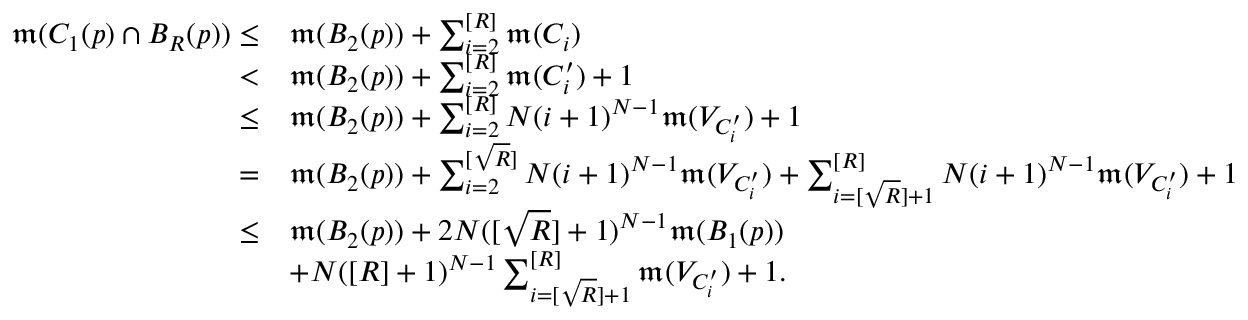
\begin{array} { r l } { \mathfrak { m } ( C _ { 1 } ( p ) \cap B _ { R } ( p ) ) \leq } & { \mathfrak { m } ( B _ { 2 } ( p ) ) + \sum _ { i = 2 } ^ { [ R ] } \mathfrak { m } ( C _ { i } ) } \\ { < } & { \mathfrak { m } ( B _ { 2 } ( p ) ) + \sum _ { i = 2 } ^ { [ R ] } \mathfrak { m } ( C _ { i } ^ { \prime } ) + 1 } \\ { \leq } & { \mathfrak { m } ( B _ { 2 } ( p ) ) + \sum _ { i = 2 } ^ { [ R ] } N ( i + 1 ) ^ { N - 1 } \mathfrak { m } ( V _ { C _ { i } ^ { \prime } } ) + 1 } \\ { = } & { \mathfrak { m } ( B _ { 2 } ( p ) ) + \sum _ { i = 2 } ^ { [ \sqrt { R } ] } N ( i + 1 ) ^ { N - 1 } \mathfrak { m } ( V _ { C _ { i } ^ { \prime } } ) + \sum _ { i = [ \sqrt { R } ] + 1 } ^ { [ R ] } N ( i + 1 ) ^ { N - 1 } \mathfrak { m } ( V _ { C _ { i } ^ { \prime } } ) + 1 } \\ { \leq } & { \mathfrak { m } ( B _ { 2 } ( p ) ) + 2 N ( [ \sqrt { R } ] + 1 ) ^ { N - 1 } \mathfrak { m } ( B _ { 1 } ( p ) ) } \\ & { + N ( [ R ] + 1 ) ^ { N - 1 } \sum _ { i = [ \sqrt { R } ] + 1 } ^ { [ R ] } \mathfrak { m } ( V _ { C _ { i } ^ { \prime } } ) + 1 . } \end{array}